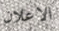
الاعلان